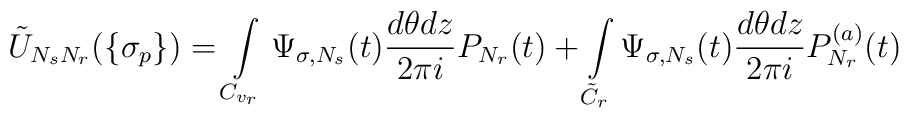
\tilde U_{N_sN_r}(\{\sigma_p\})=\int\limits_{C_{v_r}}\Psi_{\sigma,N_s}(t)\frac{d\theta dz} {2\pi i}P_{N_r}(t)+\int\limits_{\tilde C_r}\Psi_{\sigma,N_s}(t)\frac{d\theta dz} {2\pi i}P_{N_r}^{(a)}(t)